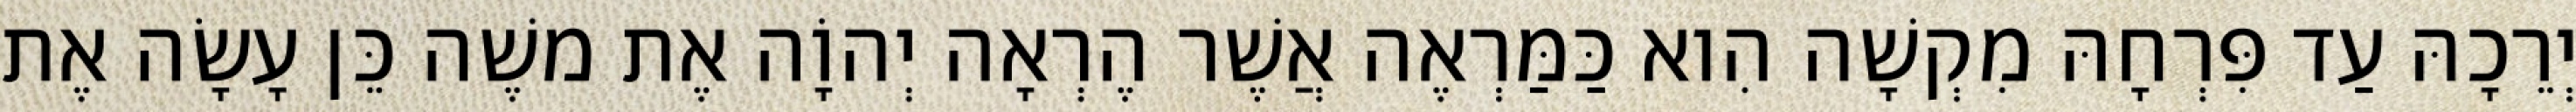
יְרֵכָהּ עַד פִּרְחָהּ מִקְשָׁה הִוא כַּמַּרְאֶה אֲשֶׁר הֶרְאָה יְהוָֹה אֶת משֶׁה כֵּן עָשָׂה אֶת